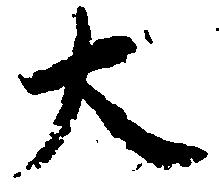
大